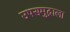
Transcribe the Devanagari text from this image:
उपसमुद्राला